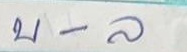
บ - ล